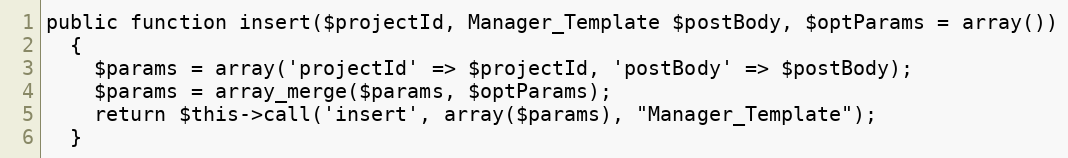
Language: PHP
public function insert($projectId, Manager_Template $postBody, $optParams = array())
  {
    $params = array('projectId' => $projectId, 'postBody' => $postBody);
    $params = array_merge($params, $optParams);
    return $this->call('insert', array($params), "Manager_Template");
  }